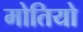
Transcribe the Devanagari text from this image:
मोतियो